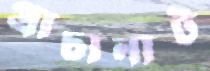
প্রাচ্যনাট